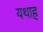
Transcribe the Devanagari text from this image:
यथाह